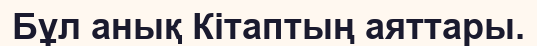
Бұл анық Кітаптың аяттары.